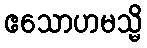
ဧသောဟမသ္မိ